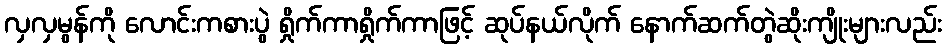
လှလှမွန်ကို လောင်းကစားပွဲ ရှိုက်ကာရှိုက်ကာဖြင့် ဆုပ်နယ်လိုက် နောက်ဆက်တွဲဆိုးကျိုးများလည်း